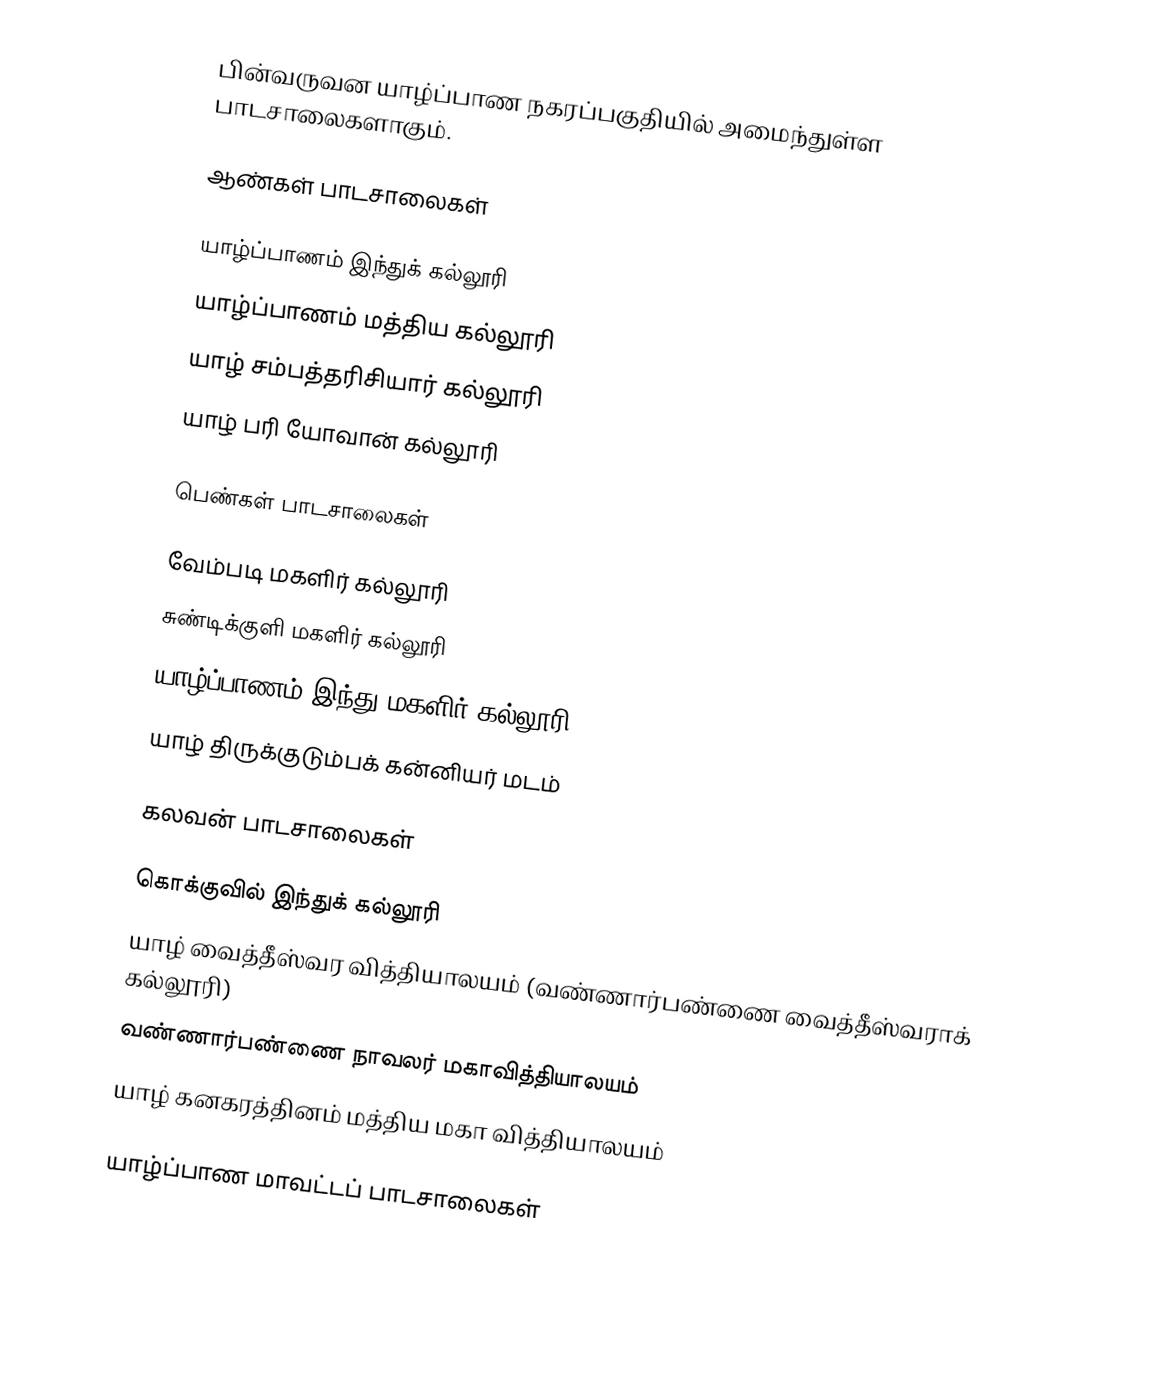
பின்வருவன யாழ்ப்பாண நகரப்பகுதியில் அமைந்துள்ள பாடசாலைகளாகும்.

ஆண்கள் பாடசாலைகள்

 யாழ்ப்பாணம் இந்துக் கல்லூரி
 யாழ்ப்பாணம் மத்திய கல்லூரி
 யாழ் சம்பத்தரிசியார் கல்லூரி
 யாழ் பரி யோவான் கல்லூரி

பெண்கள் பாடசாலைகள்

 வேம்படி மகளிர் கல்லூரி
 சுண்டிக்குளி மகளிர் கல்லூரி
 யாழ்ப்பாணம் இந்து மகளிர் கல்லூரி
 யாழ் திருக்குடும்பக் கன்னியர் மடம்

கலவன் பாடசாலைகள்

 கொக்குவில் இந்துக் கல்லூரி
 யாழ் வைத்தீஸ்வர வித்தியாலயம் (வண்ணார்பண்ணை வைத்தீஸ்வராக் கல்லூரி)
 வண்ணார்பண்ணை நாவலர் மகாவித்தியாலயம்
 யாழ் கனகரத்தினம் மத்திய மகா வித்தியாலயம்

யாழ்ப்பாண மாவட்டப் பாடசாலைகள்